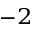
^ { - 2 }